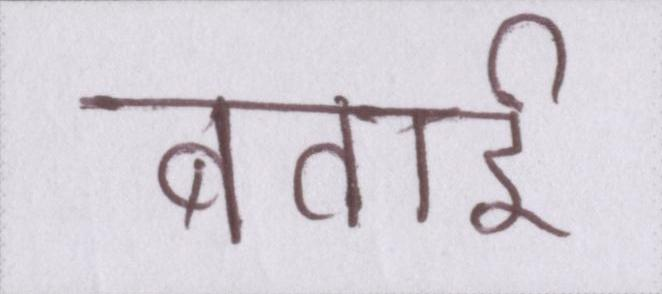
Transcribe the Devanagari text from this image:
बताई